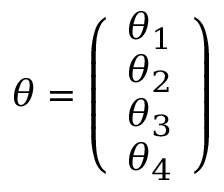
\theta = \left( \begin{array} { c } { { \theta _ { 1 } } } \\ { { \theta _ { 2 } } } \\ { { \theta _ { 3 } } } \\ { { \theta _ { 4 } } } \end{array} \right)